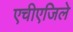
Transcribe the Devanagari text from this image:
एचीएजिले